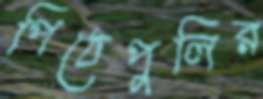
পিঠেপুলির